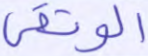
الوثقى